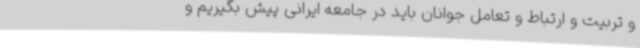
و تربیت و ارتباط و تعامل جوانان باید در جامعه ایرانی پیش بگیریم و